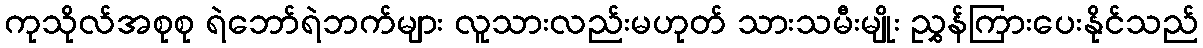
ကုသိုလ်အစုစု ရဲဘော်ရဲဘက်များ လူသားလည်းမဟုတ် သားသမီးမျိုး ညွှန်ကြားပေးနိုင်သည်